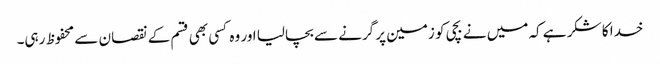
خدا کا شکر ہے کہ میں نے بچی کو زمین پر گرنے سے بچالیا اور وہ کسی بھی قسم کے نقصان سے محفوظ رہی۔